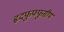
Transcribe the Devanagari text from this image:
हृदफुफ्फुसीय